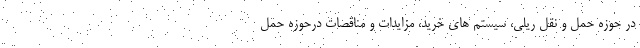
در حوزه حمل و نقل ریلی، سیستم های خرید، مزایدات و مناقصات درحوزه حمل